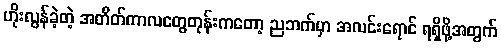
ဟိုးလွန်ခဲ့တဲ့ အတိတ်ကာလတွေတုန်းကတော့ ညဘက်မှာ အလင်းရောင် ရရှိဖို့အတွက်